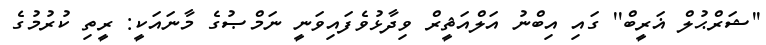
''ޝަރްޙުލް ޣަރީބް'' ގައި އިބްނު އަލްއަޘީރް ވިދާޅުވެފައިވަނީ ނަމްޞުގެ މާނައަކީ: ރީތި ކުރުމުގެ